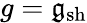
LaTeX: g=\mathfrak{g}_{\mathrm{sh}}